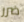
ضرر